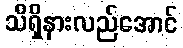
သိရှိနားလည်အောင်